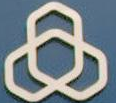
Q